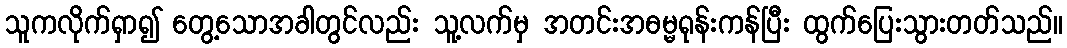
သူကလိုက်ရှာ၍ တွေ့သောအခါတွင်လည်း သူ့လက်မှ အတင်းအဓမ္မရုန်းကန်ပြီး ထွက်ပြေးသွားတတ်သည်။